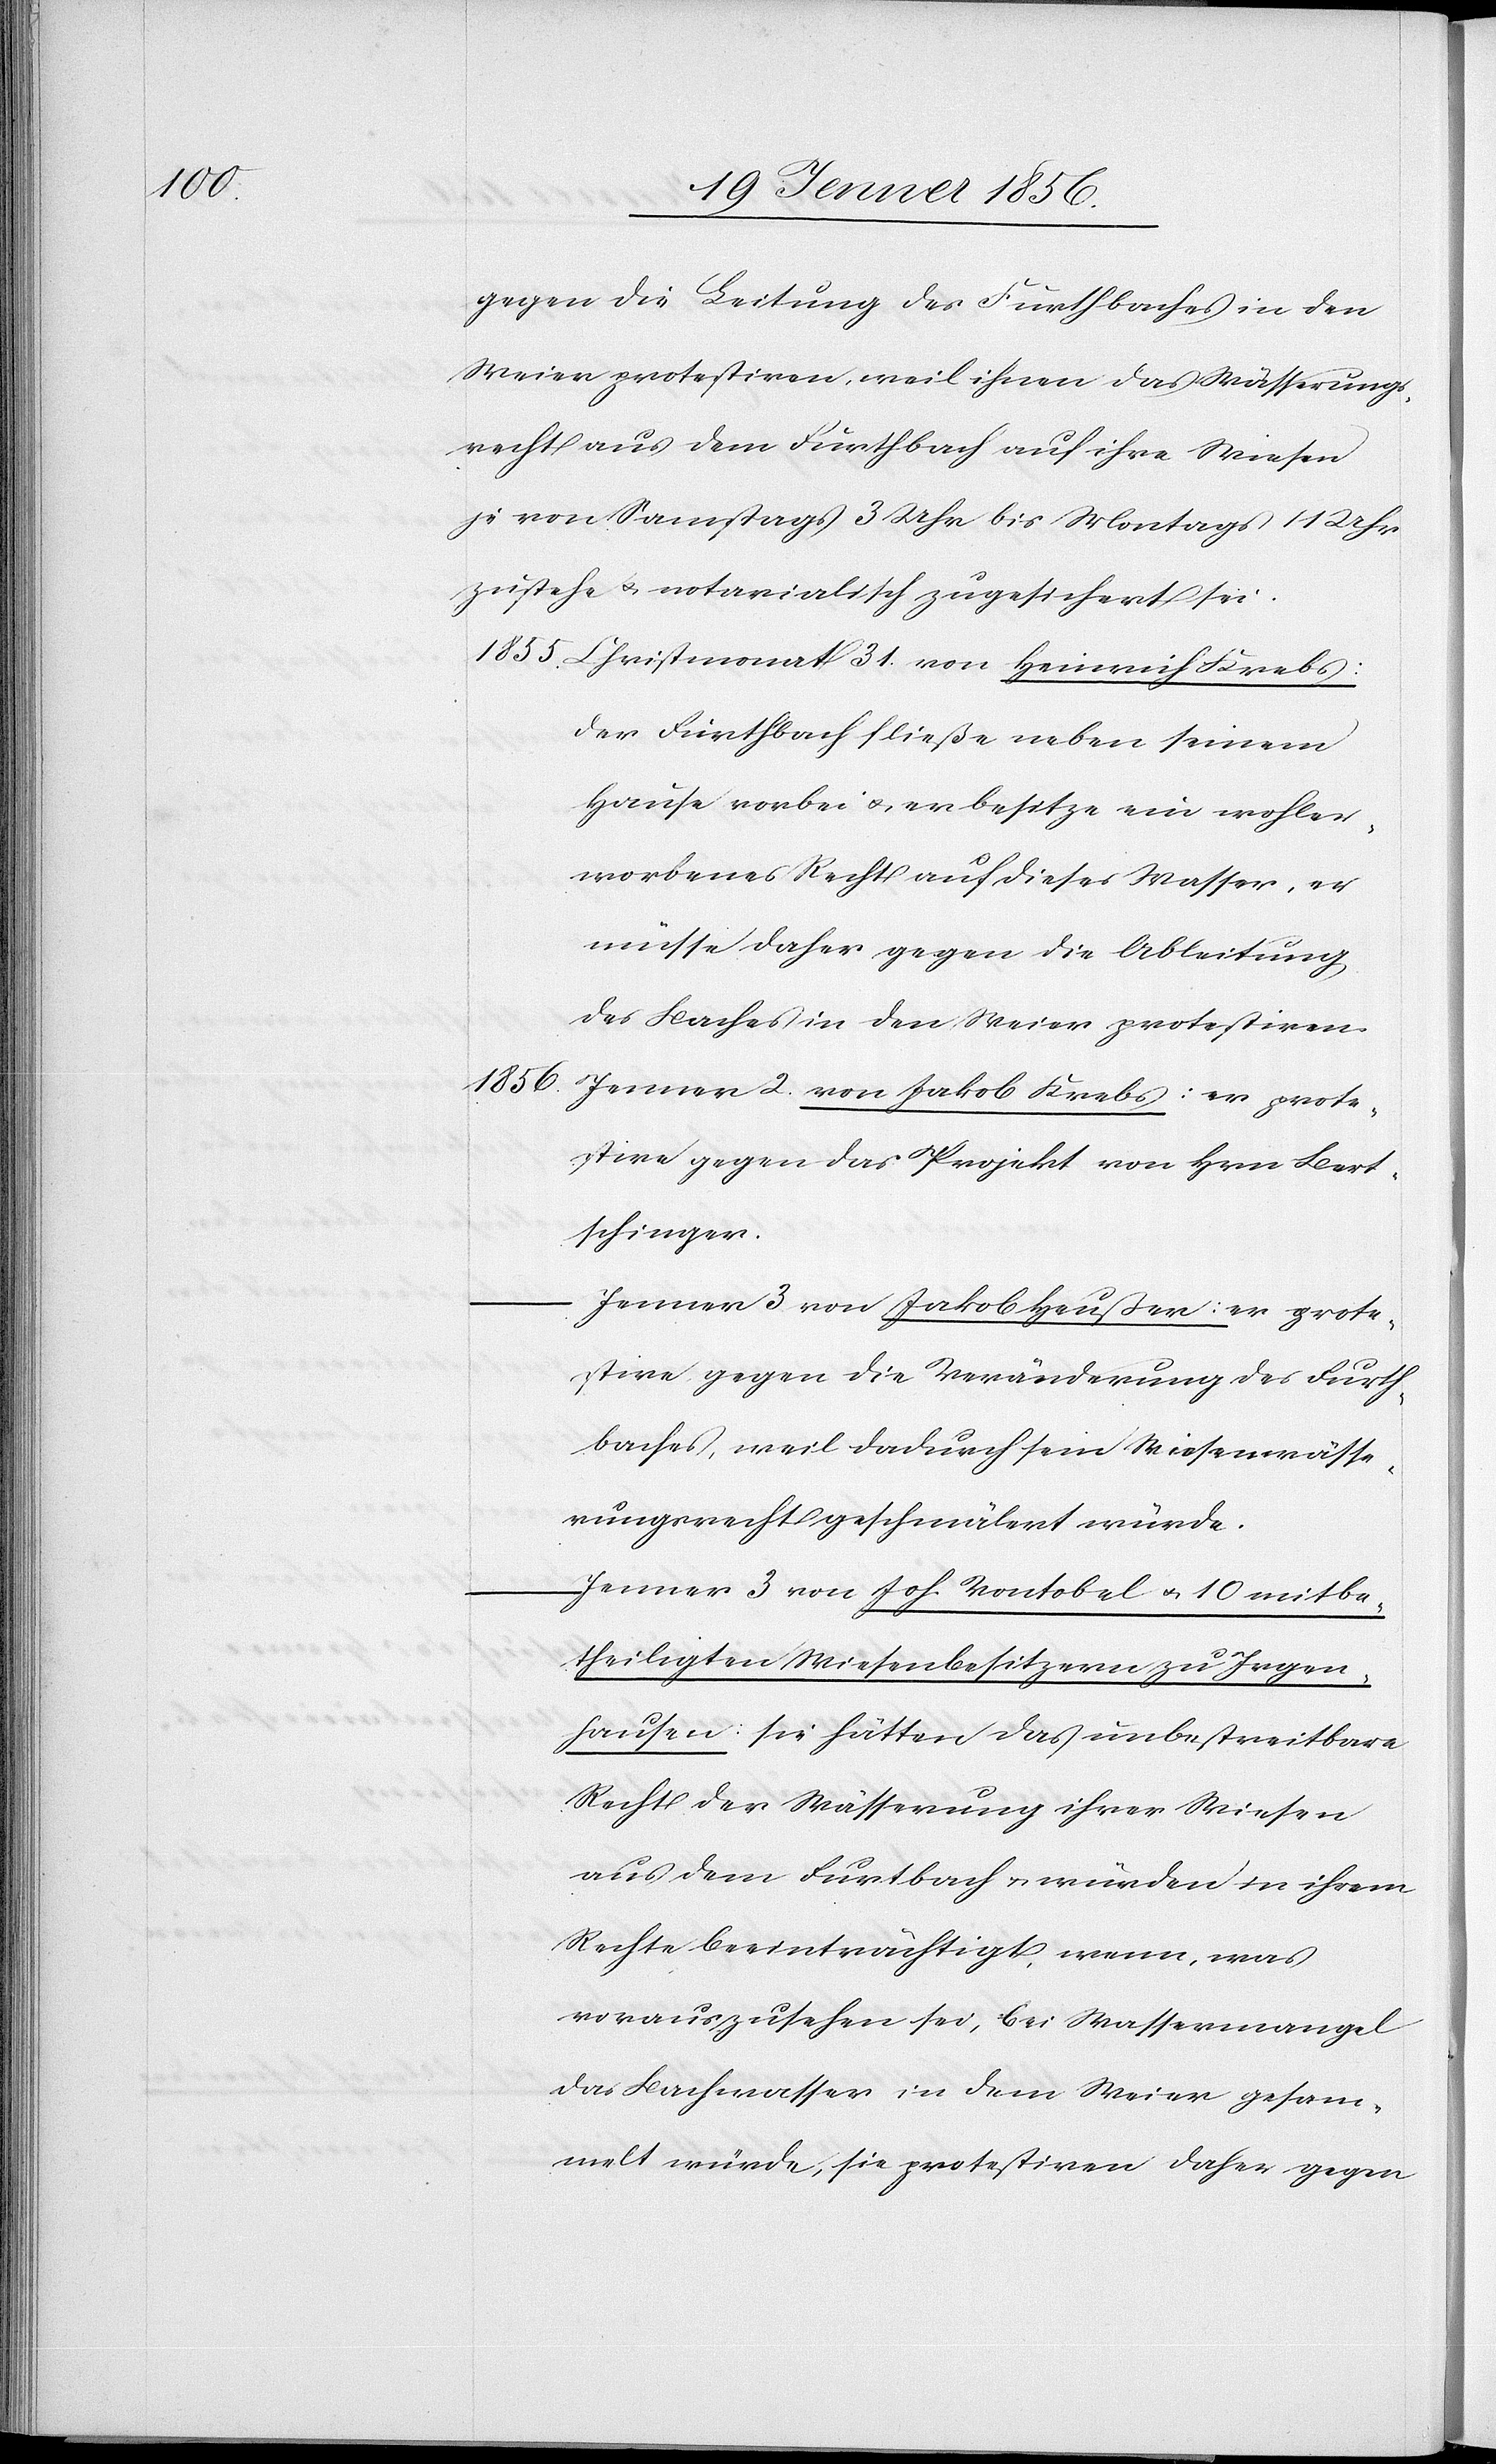
gegen die Leitung des Furthbaches in den
Meier protestiren, weil ihnen das Wässerungs¬
recht aus dem Furthbach auf ihre Wiesen
je von Samstags 3 Uhr bis Montags 11 Uhr
zustehe u. notarialisch zugesichert sei.
Christmonat 31. von Heinrich Krebs:
Der Firthbach fließe neben seinem
Hause vorbei u. er besitze ein wohler¬
worbenes Recht auf dieses Wasser, er
müsse daher gegen die Ableitung
des Baches in den Meier protestiren.
1856.
Jenner 2. von Jakob Krebs: er prote¬
stire gegen das Projekt von Hrn Bert¬
schinger.
Jenner 3 von Jakob Heußer: er prote¬
stire gegen die Veränderung des Furth¬
baches, weil dadurch sein Wiesenwässe¬
rungsrecht geschmälert würde.
Jenner 3 von Joh. Vontobel u. 10 mitbe¬
theiligten Wiesenbesitzern zu Irgen¬
hausen: Sie hätten das unbestreitbare
Recht der Wässerung ihrer Wiesen
aus dem Furtbach [sic!] u. würden in ihrem
Rechte beeinträchtigt, wenn, was
vorauszusehen sei, bei Wassermangel
das Bachwasser in dem Meier gesam¬
melt würde, sie protestiren daher gegen